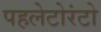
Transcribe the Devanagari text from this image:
पहलेटोरंटो